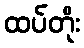
ထပ်တိုး